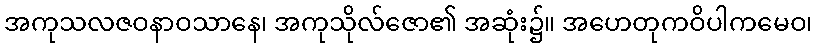
အကုသလဇဝနာဝသာနေ၊ အကုသိုလ်ဇော၏ အဆုံး၌။ အဟေတုကဝိပါကမေဝ၊